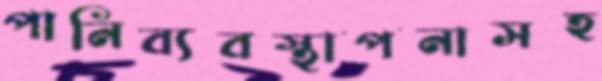
পানিব্যবস্থাপনাসহ